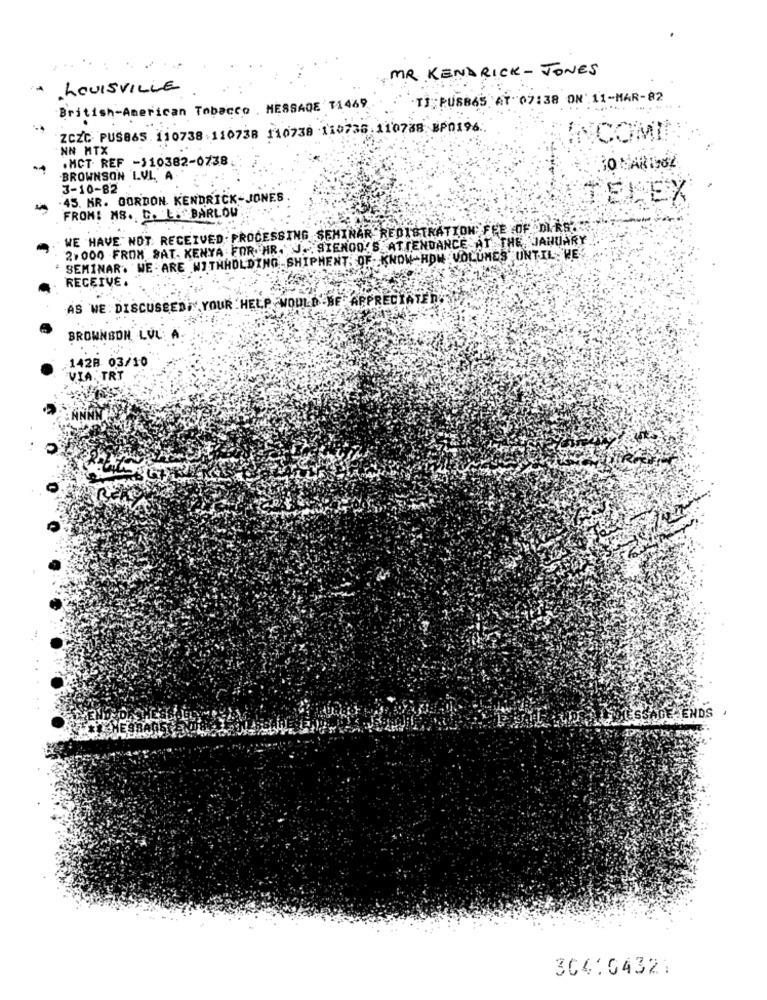
MR.KENDRICK-JONES
LOUISVILLE
TJ PUS865 AT 07:38 ON 11-MAR-82
British-American Tobacco MESSAGE T1469
ZCZC PUSB&S. 110738 110738 110738 110735.110788 BP0196
COMI
NN MTX
.MCT. REF -110382-0738
-
BROWNSON LVL. A
3-10-82
-45. KR. GORDON. KENDRICK-JONES
ELEX
-
FROM: MS. C. L " BARLOW
WE HAVE NOT RECEIVED: PROCESSING SEMINAR REGISTRATION FEE OF DIRST
2,000 FROM BAT. KENYA FOR HR. J. SIEMOD'S ATTENDANCE AT THE JANUARY
SEMINAR. WE ARE WITHHOLDING SHIPMENT, OF- KNOW-HOW VOLUMES UNTIL WE
RECEIVE .
AS WE : DISCUSEEDİ YOUR HELP -WOULD BE APPRECIATE
BROWNSON, LVL
.1428 03/10
VIA. TRT
304104321